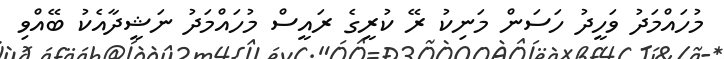
މުހައްމަދު ވަހީދު ހަސަން މަނިކު ރޭ ކުރީގެ ރައީސް މުހައްމަދު ނަޝީދާއެކު ބޭއްވި